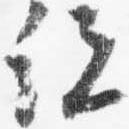
説